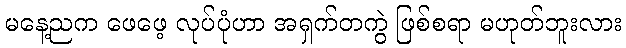
မနေ့ညက ဖေဖေ့ လုပ်ပုံဟာ အရှက်တကွဲ ဖြစ်စရာ မဟုတ်ဘူးလား